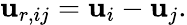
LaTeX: \mathbf{u}_{r,ij}=\mathbf{u}_{i}-\mathbf{u}_{j}.